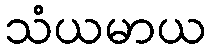
သံယမာယ